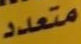
متعدد